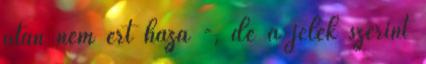
után nem ért haza -, de a jelek szerint